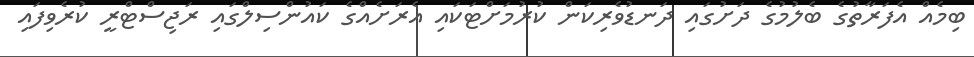
ބިމެއް އެފަރާތުގެ ބެލުމުގެ ދަށުގައި ދަނޑުވެރިކަން ކުރުމަށްޓަކައި އެރަށެއްގެ ކައުންސިލްގައި ރަޖިސްޓްރީ ކުރެވިފައި